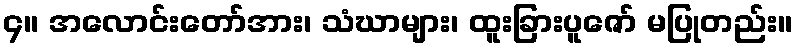
၄။ အလောင်းတော်အား၊ သံဃာများ၊ ထူးခြားပူဇော် မပြုတည်း။